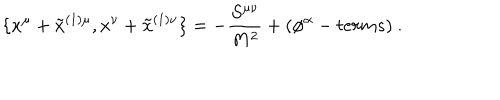
LaTeX: \{ x ^ { \mu } + \tilde { x } ^ { ( 1 ) \mu } , x ^ { \nu } + \tilde { x } ^ { ( 1 ) \nu } \} = - \frac { S ^ { \mu \nu } } { M ^ { 2 } } + ( \phi ^ { \alpha } - t e r m s ) ~ .